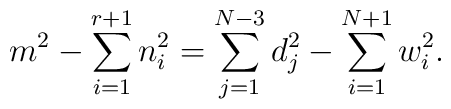
m^{2}-\sum_{i=1}^{r+1} n_{i}^{2}=\sum_{j=1}^{N-3}d_{j}^{2}                                       -\sum_{i=1}^{N+1}w_{i}^{2}.